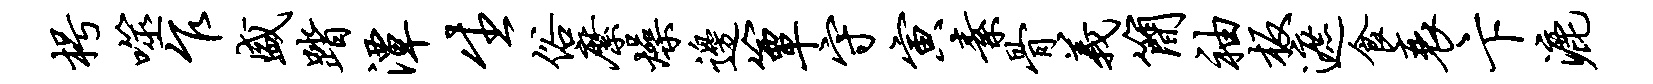
枵噬乍盛踏潭生俗縻燥边簟守寅素骨义简袖板遮食衰卞漉